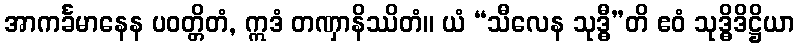
အာကင်္ခမာနေန ပဝတ္တိတံ, ဣဒံ တဏှာနိဿိတံ။ ယံ “သီလေန သုဒ္ဓီ”တိ ဧဝံ သုဒ္ဓိဒိဋ္ဌိယာ